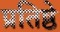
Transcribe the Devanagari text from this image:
प्रतिष्ठे